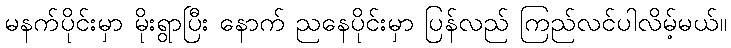
မနက်ပိုင်းမှာ မိုးရွာပြီး နောက် ညနေပိုင်းမှာ ပြန်လည် ကြည်လင်ပါလိမ့်မယ်။